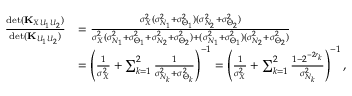
\begin{array} { r l } { \frac { \mathrm { d e t } ( { \bf K } _ { X U _ { 1 } U _ { 2 } } ) } { \mathrm { d e t } ( { \bf K } _ { U _ { 1 } U _ { 2 } } ) } } & { = \frac { \sigma _ { X } ^ { 2 } ( \sigma _ { N _ { 1 } } ^ { 2 } + \sigma _ { \Theta _ { 1 } } ^ { 2 } ) ( \sigma _ { N _ { 2 } } ^ { 2 } + \sigma _ { \Theta _ { 2 } } ^ { 2 } ) } { \sigma _ { X } ^ { 2 } ( \sigma _ { N _ { 1 } } ^ { 2 } + \sigma _ { \Theta _ { 1 } } ^ { 2 } + \sigma _ { N _ { 2 } } ^ { 2 } + \sigma _ { \Theta _ { 2 } } ^ { 2 } ) + ( \sigma _ { N _ { 1 } } ^ { 2 } + \sigma _ { \Theta _ { 1 } } ^ { 2 } ) ( \sigma _ { N _ { 2 } } ^ { 2 } + \sigma _ { \Theta _ { 2 } } ^ { 2 } ) } } \\ & { = \left( \frac { 1 } { \sigma _ { X } ^ { 2 } } + \sum _ { k = 1 } ^ { 2 } \frac { 1 } { \sigma _ { N _ { k } } ^ { 2 } + \sigma _ { \Theta _ { k } } ^ { 2 } } \right) ^ { - 1 } = \left( \frac { 1 } { \sigma _ { X } ^ { 2 } } + \sum _ { k = 1 } ^ { 2 } \frac { 1 - 2 ^ { - 2 r _ { k } } } { \sigma _ { N _ { k } } ^ { 2 } } \right) ^ { - 1 } , } \end{array}